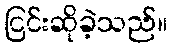
ငြင်းဆိုခဲ့သည်။